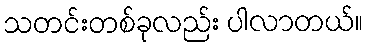
သတင်းတစ်ခုလည်း ပါလာတယ်။